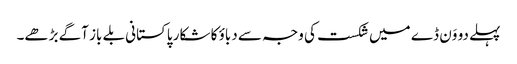
پہلے دو وَن ڈے میں شکست کی وجہ سے دباؤ کا شکار پاکستانی بلے باز آگے بڑھے۔